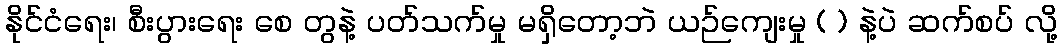
နိုင်ငံရေး၊ စီးပွားရေး စေ တွနဲ့ ပတ်သက်မှု မရှိတော့ဘဲ ယဉ်ကျေးမှု ( ) နဲ့ပဲ ဆက်စပ် လို့